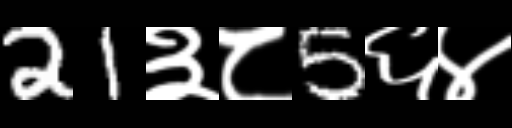
Text: 21३८5६४